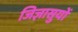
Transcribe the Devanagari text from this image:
जिज्ञासुयों